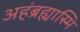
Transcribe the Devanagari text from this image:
अहंब्रह्यास्मि